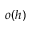
o ( h )